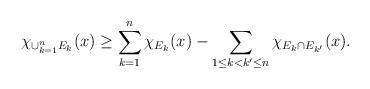
LaTeX: \begin{align*}\chi_{\cup_{k=1}^{n}E_k}(x)\geq \sum_{k=1}^{n}\chi_{E_k}(x)-\sum_{1\leq k<k'\leq n}\chi_{E_k\cap E_{k'}}(x).\end{align*}